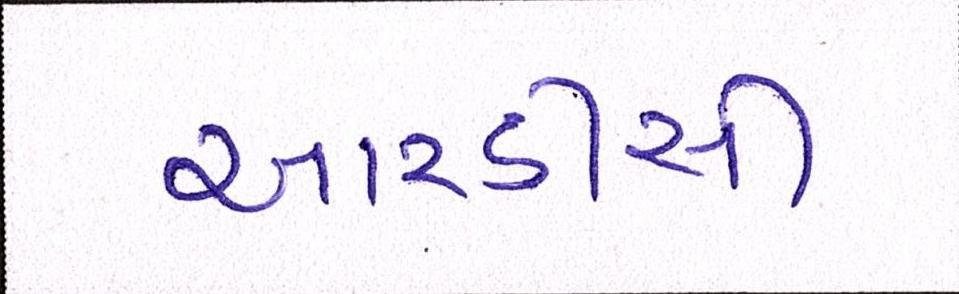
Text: આરડીસી